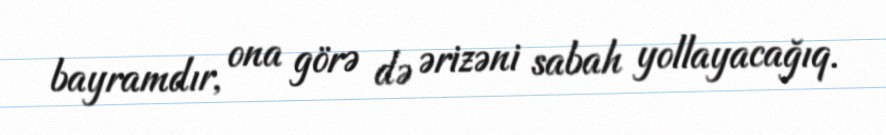
bayramdır, ona görə də ərizəni sabah yollayacağıq.